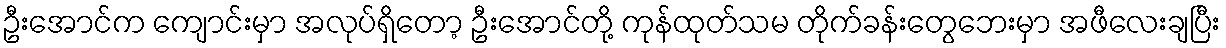
ဦးအောင်က ကျောင်းမှာ အလုပ်ရှိတော့ ဦးအောင်တို့ ကုန်ထုတ်သမ တိုက်ခန်းတွေဘေးမှာ အဖီလေးချပြီး